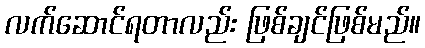
လက်ဆောင်ရတာလည်း ဖြစ်ချင်ဖြစ်မည်။